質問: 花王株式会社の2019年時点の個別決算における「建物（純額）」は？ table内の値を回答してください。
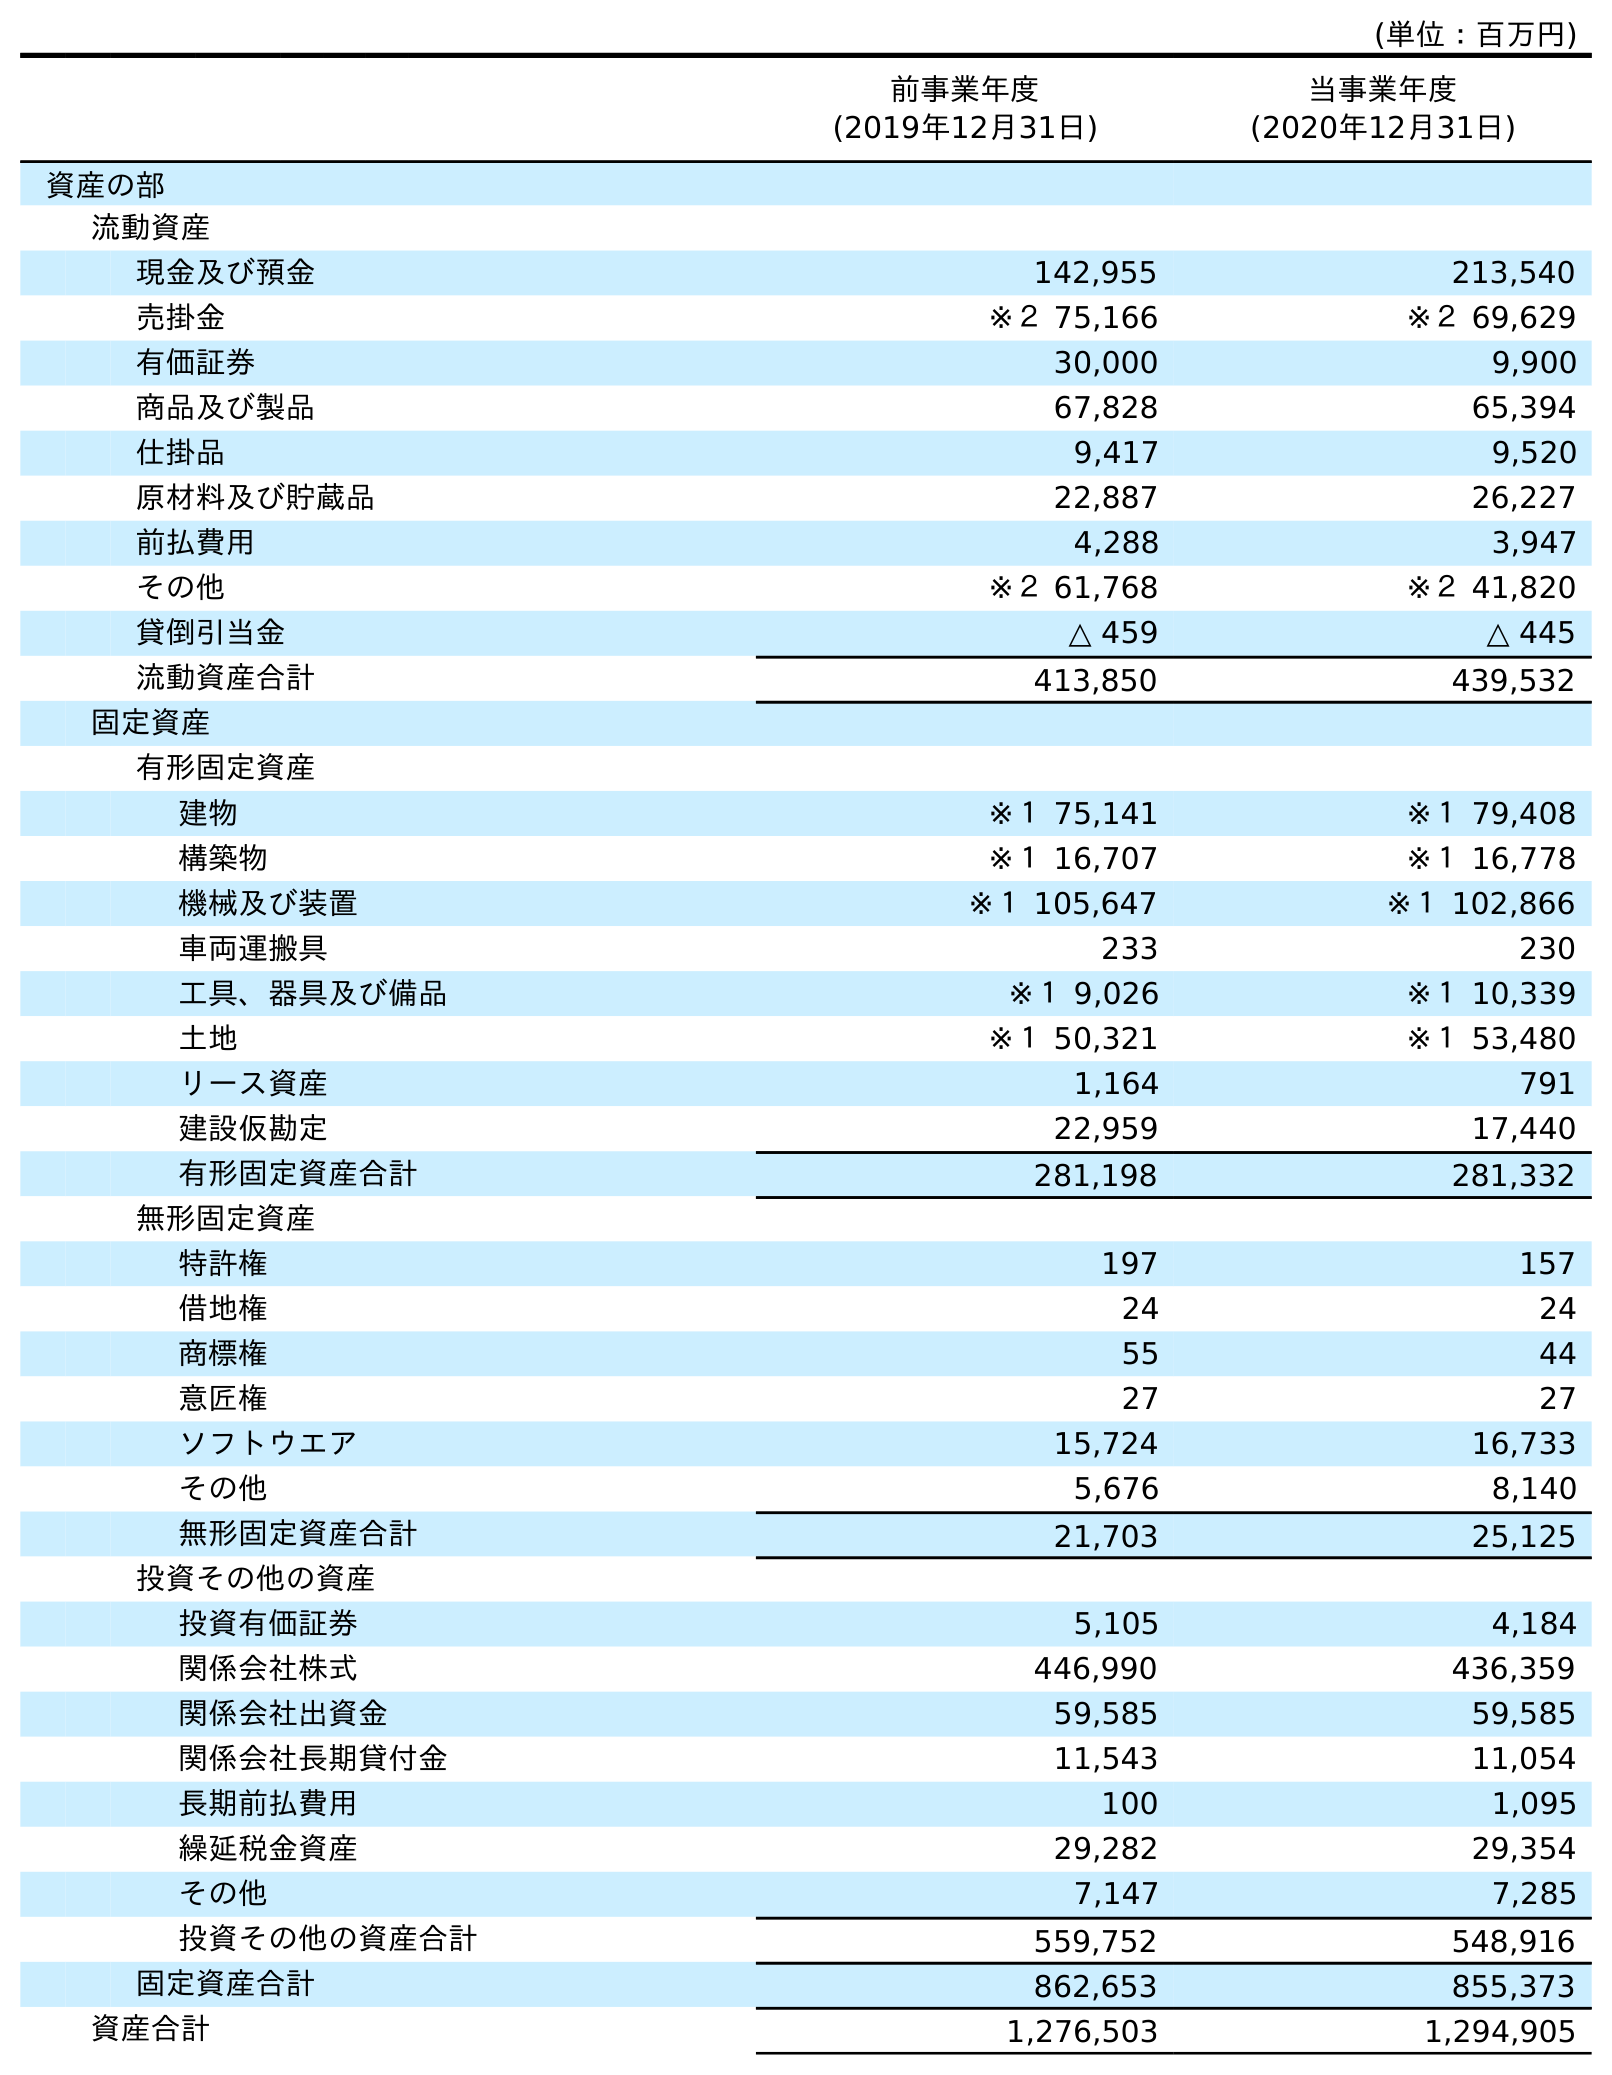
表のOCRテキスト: (単位：百万円) 前事業年度 (2019年12月31日) 当事業年度 (2020年12月31日) 資産の部 流動資産 現金及び預金 142,955 213,540 売掛金 ※２ 75,166 ※２ 69,629 有価証券 30,000 9,900 商品及び製品 67,828 65,394 仕掛品 9,417 9,520 原材料及び貯蔵品 22,887 26,227 前払費用 4,288 3,947 その他 ※２ 61,768 ※２ 41,820 貸倒引当金 △ 459 △ 445 流動資産合計 413,850 439,532 固定資産 有形固定資産 建物 ※１ 75,141 ※１ 79,408 構築物 ※１ 16,707 ※１ 16,778 機械及び装置 ※１ 105,647 ※１ 102,866 車両運搬具 233 230 工具、器具及び備品 ※１ 9,026 ※１ 10,339 土地 ※１ 50,321 ※１ 53,480 リース資産 1,164 791 建設仮勘定 22,959 17,440 有形固定資産合計 281,198 281,332 無形固定資産 特許権 197 157 借地権 24 24 商標権 55 44 意匠権 27 27 ソフトウエア 15,724 16,733 その他 5,676 8,140 無形固定資産合計 21,703 25,125 投資その他の資産 投資有価証券 5,105 4,184 関係会社株式 446,990 436,359 関係会社出資金 59,585 59,585 関係会社長期貸付金 11,543 11,054 長期前払費用 100 1,095 繰延税金資産 29,282 29,354 その他 7,147 7,285 投資その他の資産合計 559,752 548,916 固定資産合計 862,653 855,373 資産合計 1,276,503 1,294,905
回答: ※１75,141